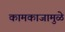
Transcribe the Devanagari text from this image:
कामकाजामुळे